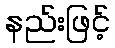
နည်းဖြင့်